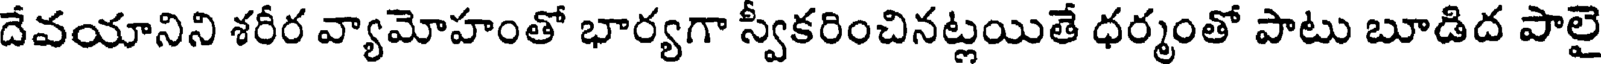
దేవయానిని శరీర వ్యామోహంతో భార్యగా స్వకరించినట్లయితే ధర్మంతో పాటు బూడిద పాలై